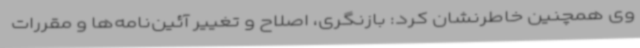
وی همچنین خاطرنشان کرد: بازنگری، اصلاح و تغییر آئین‌نامه‌ها و مقررات